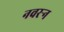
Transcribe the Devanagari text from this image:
नवरर्‍न